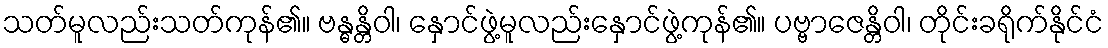
သတ်မူလည်းသတ်ကုန်၏။ ဗန္ဓန္တိဝါ၊ နှောင်ဖွဲ့မူလည်းနှောင်ဖွဲ့ကုန်၏။ ပဗ္ဗာဇေန္တိဝါ၊ တိုင်းခရိုက်နိုင်ငံ